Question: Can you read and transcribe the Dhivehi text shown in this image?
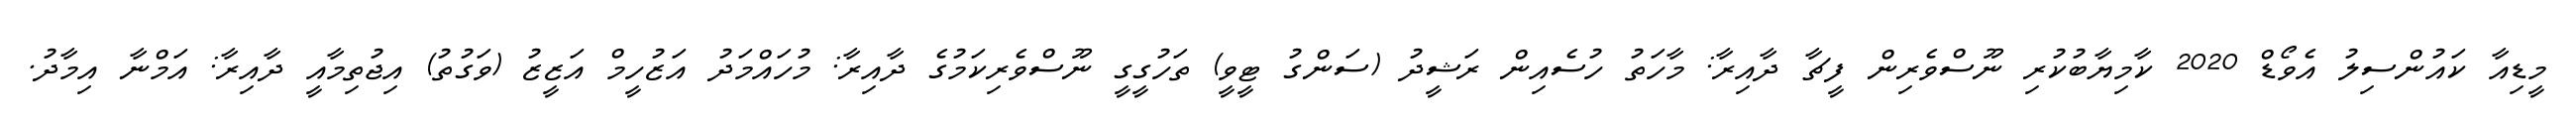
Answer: މީޑިއާ ކައުންސިލު އެވޯޑް 2020 ކާމިޔާބުކުރި ނޫސްވެރިން ފީޗާ ދާއިރާ: މާހަތު ހުސެއިން ރަޝީދު (ސަންގު ޓީވީ) ތަހުގީގީ ނޫސްވެރިކަމުގެ ދާއިރާ: މުހައްމަދު އަޒުހީމް އަޒީޒު (ވަގުތު) އިޖުތިމާއީ ދާއިރާ: އަމްނާ އިމާދު.